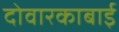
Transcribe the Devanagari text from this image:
दोवारकाबाई